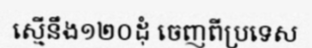
ស្មើនឹង១២០ដុំ ចេញពីប្រទេស